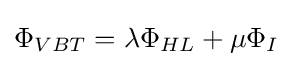
\Phi _{VBT}=\lambda \Phi _{HL}+\mu \Phi _{I}